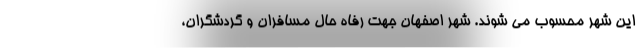
این شهر محسوب می شوند. شهر اصفهان جهت رفاه حال مسافران و گردشگران،